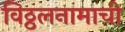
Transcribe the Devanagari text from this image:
विठ्ठलनामाची